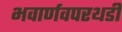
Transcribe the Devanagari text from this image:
भवार्णवपरथडी